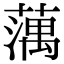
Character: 蕅